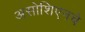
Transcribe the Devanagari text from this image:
असोशिएनचे